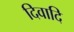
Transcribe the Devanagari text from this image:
दिवादि